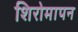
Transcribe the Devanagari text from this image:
शिरोमापन